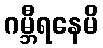
ဂမ္ဘီရနေမိ